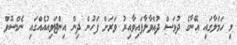
މި ހަމަލާގައި އޭނާގެ ދުވަސް ދުއްވާލާފައިވާއިރު ވަރަށް ފަހުން ދިން އިންޓަވިއުއެއްގައި ނެމްސޮވް